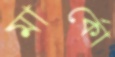
মার্কো